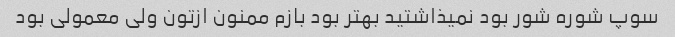
سوپ شوره شور بود نمیذاشتید بهتر بود بازم ممنون ازتون ولی معمولی بود